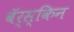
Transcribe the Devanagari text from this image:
बॅर्स्किन